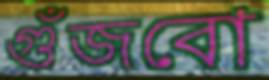
গুঁজবো